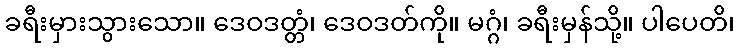
ခရီးမှားသွားသော။ ဒေဝဒတ္တံ၊ ဒေဝဒတ်ကို။ မဂ္ဂံ၊ ခရီးမှန်သို့။ ပါပေတိ၊